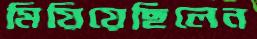
মিয়িয়েছিলেন